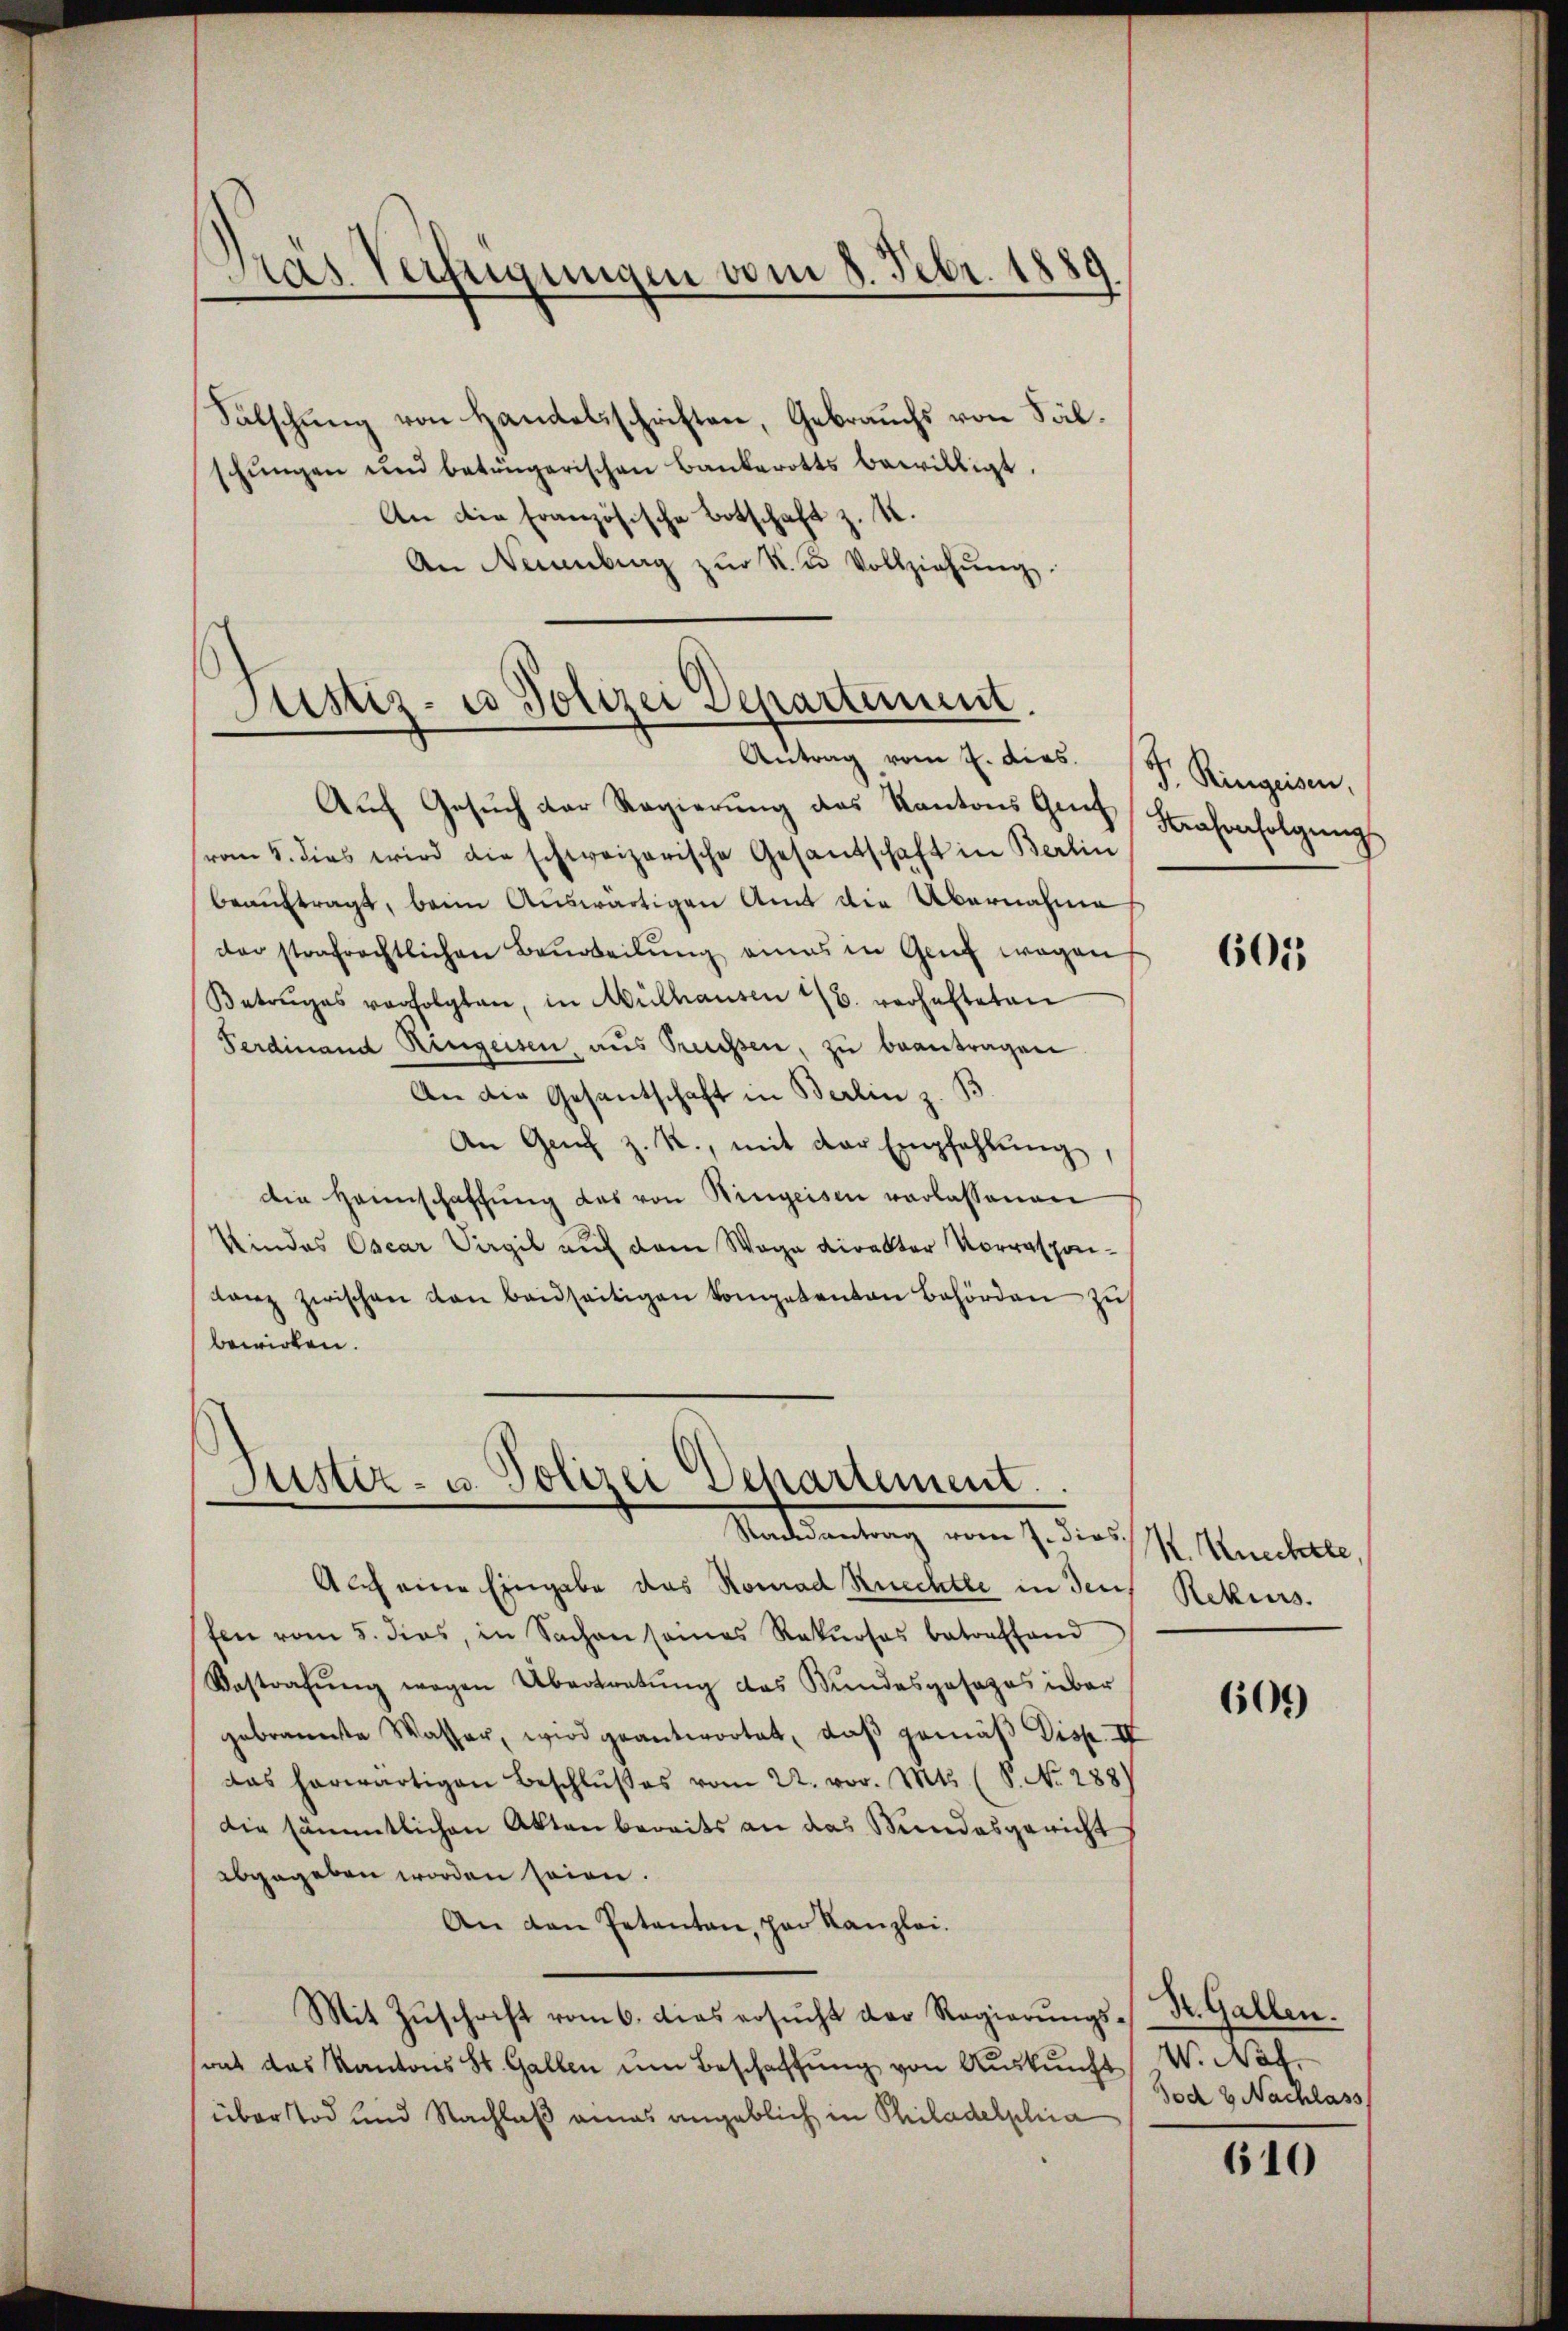
)
zas Verfügungen vom 8. Febr. 1889

Sälschung von Handelsschriften, Gebrauchs von Fälschŭngen und beträgerischen Bankerotts bewilligt.
An die Französische Botschaft z. K.
An Neuenburg zŭr K. u. Vollziehŭng.

Justiz- u Polizei Departement.
Antrag vom 2. dies. S. Ringeisen,

Justiz- u. Polizei Departement.
Manteilung vom h. dies

Aŭf Gesŭch der Regierŭng des Kantons Graf Hasenfolgŭngs
vom 5. dies wird die schweizerische Gesandtschaft in Berlin
beauftragt, beim Auswärtigen Amt die Übernahme
der strafrechtlichen Beurteilŭng eines in Genf wegen
Betruges verfolgten, in Mülhausen 22. verhalteten
Ferdinand Ringeisen, aus Pressen, zu beantragen
An die Gesantschaft in Berlin z. B.
An Genf z. R., mit der Empfehlŭng,
die Hannschaffŭng das von Hingeisen verlassenen
Kindes Oscar Sagil auf dem Wege direkter Vorrespon¬
Lanz zwischen von beidseitigen kompetenten Behörden zu
bewirken.

Auch eine Eingabe das Romad Ruechte in der Rekurs.
fen vom 5. dies, in Sachen seines Rekŭrses betreffend
Bestrafŭng wegen Übertretung des Bundesgesezes über
gebrannte Wasser, wird geantwortet, daß gemäß Disp. IV
das herwärtigen Beschlŭβes vom 22. vor. Mts. (S. Nr. 288)
die sämmtlichen Akten bereits an das Mindesgericht
abgegeben worden seien.
An den Petenten, par Kanzlei.
Mit Zŭschrift vom 6. dies ersŭcht der Regierŭngssrat das Kantons St. Gallen um Beschaffŭng von Auskunft
über Tod und Nachlaß eines angeblich in Philadelphia

601

. Knechte,

601)

St. Gallen.
W. Nef
od 9 Nachlass

610